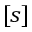
[ s ]